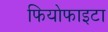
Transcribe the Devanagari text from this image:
फियोफाइटा